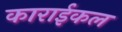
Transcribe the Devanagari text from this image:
काराईकल